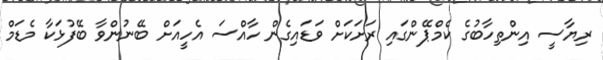
ރިޔާސީ އިންތިހާބުގެ ކެމްޕޭންގައި ރަށަކަށް ވަޑައިގެން ހާއްސަ އެހީއަށް ބޭނުންވާ ބޭފުޅަކާ މެޑަމް